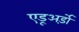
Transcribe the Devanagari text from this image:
एडूअर्ड़ो